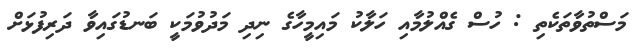
މަސްތުވާތަކެތި : ހުސް ގެއްލުމާއި ހަލާކު މައިމީހާގެ ނިދި މަދުވުމަކީ ބަނޑުގައިވާ ދަރިފުޅަށް